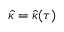
\hat { \kappa } = \hat { \kappa } ( \tau )